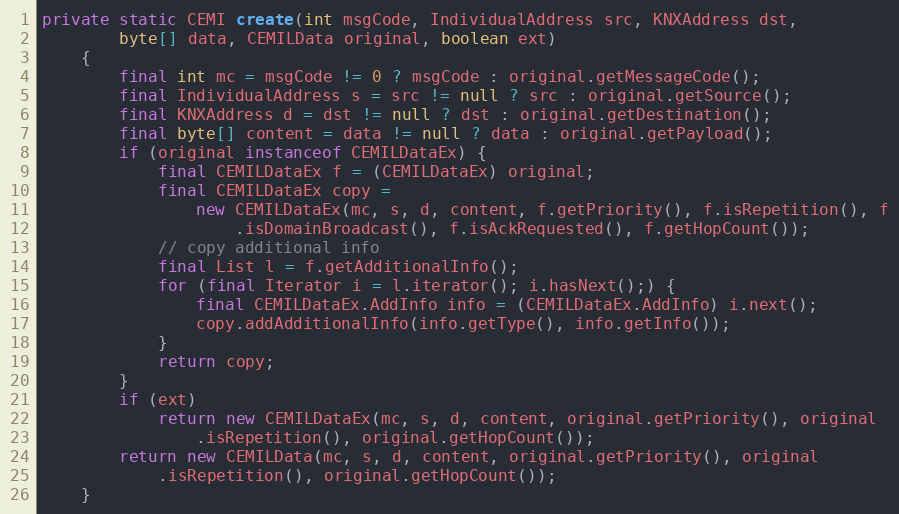
Language: Java
private static CEMI create(int msgCode, IndividualAddress src, KNXAddress dst,
		byte[] data, CEMILData original, boolean ext)
	{
		final int mc = msgCode != 0 ? msgCode : original.getMessageCode();
		final IndividualAddress s = src != null ? src : original.getSource();
		final KNXAddress d = dst != null ? dst : original.getDestination();
		final byte[] content = data != null ? data : original.getPayload();
		if (original instanceof CEMILDataEx) {
			final CEMILDataEx f = (CEMILDataEx) original;
			final CEMILDataEx copy =
				new CEMILDataEx(mc, s, d, content, f.getPriority(), f.isRepetition(), f
					.isDomainBroadcast(), f.isAckRequested(), f.getHopCount());
			// copy additional info
			final List l = f.getAdditionalInfo();
			for (final Iterator i = l.iterator(); i.hasNext();) {
				final CEMILDataEx.AddInfo info = (CEMILDataEx.AddInfo) i.next();
				copy.addAdditionalInfo(info.getType(), info.getInfo());
			}
			return copy;
		}
		if (ext)
			return new CEMILDataEx(mc, s, d, content, original.getPriority(), original
				.isRepetition(), original.getHopCount());
		return new CEMILData(mc, s, d, content, original.getPriority(), original
			.isRepetition(), original.getHopCount());
	}